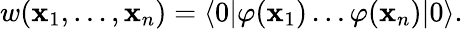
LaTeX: w(\mathbf{x}_{1},\ldots,\mathbf{x}_{n})=\langle0|\varphi(\mathbf{x}_{1})\ldots\varphi(\mathbf{x}_{n})|0\rangle.